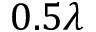
0 . 5 \lambda